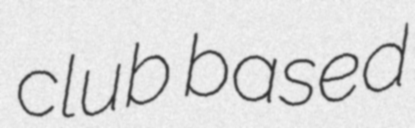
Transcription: club based